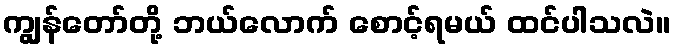
ကျွန်တော်တို့ ဘယ်လောက် စောင့်ရမယ် ထင်ပါသလဲ။